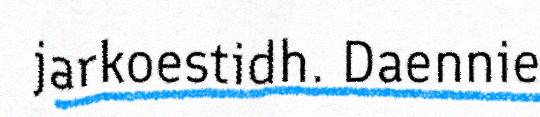
jarkoestidh. Daennie